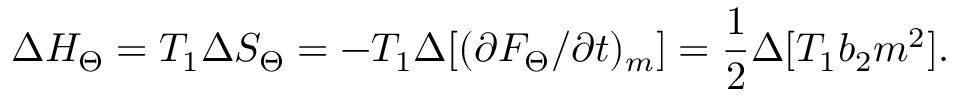
\Delta { H } _ { \Theta } = T _ { 1 } \Delta { S } _ { \Theta } = - T _ { 1 } \Delta [ ( \partial { F _ { \Theta } } / \partial { t } ) _ { m } ] = \frac { 1 } { 2 } \Delta [ T _ { 1 } b _ { 2 } m ^ { 2 } ] .